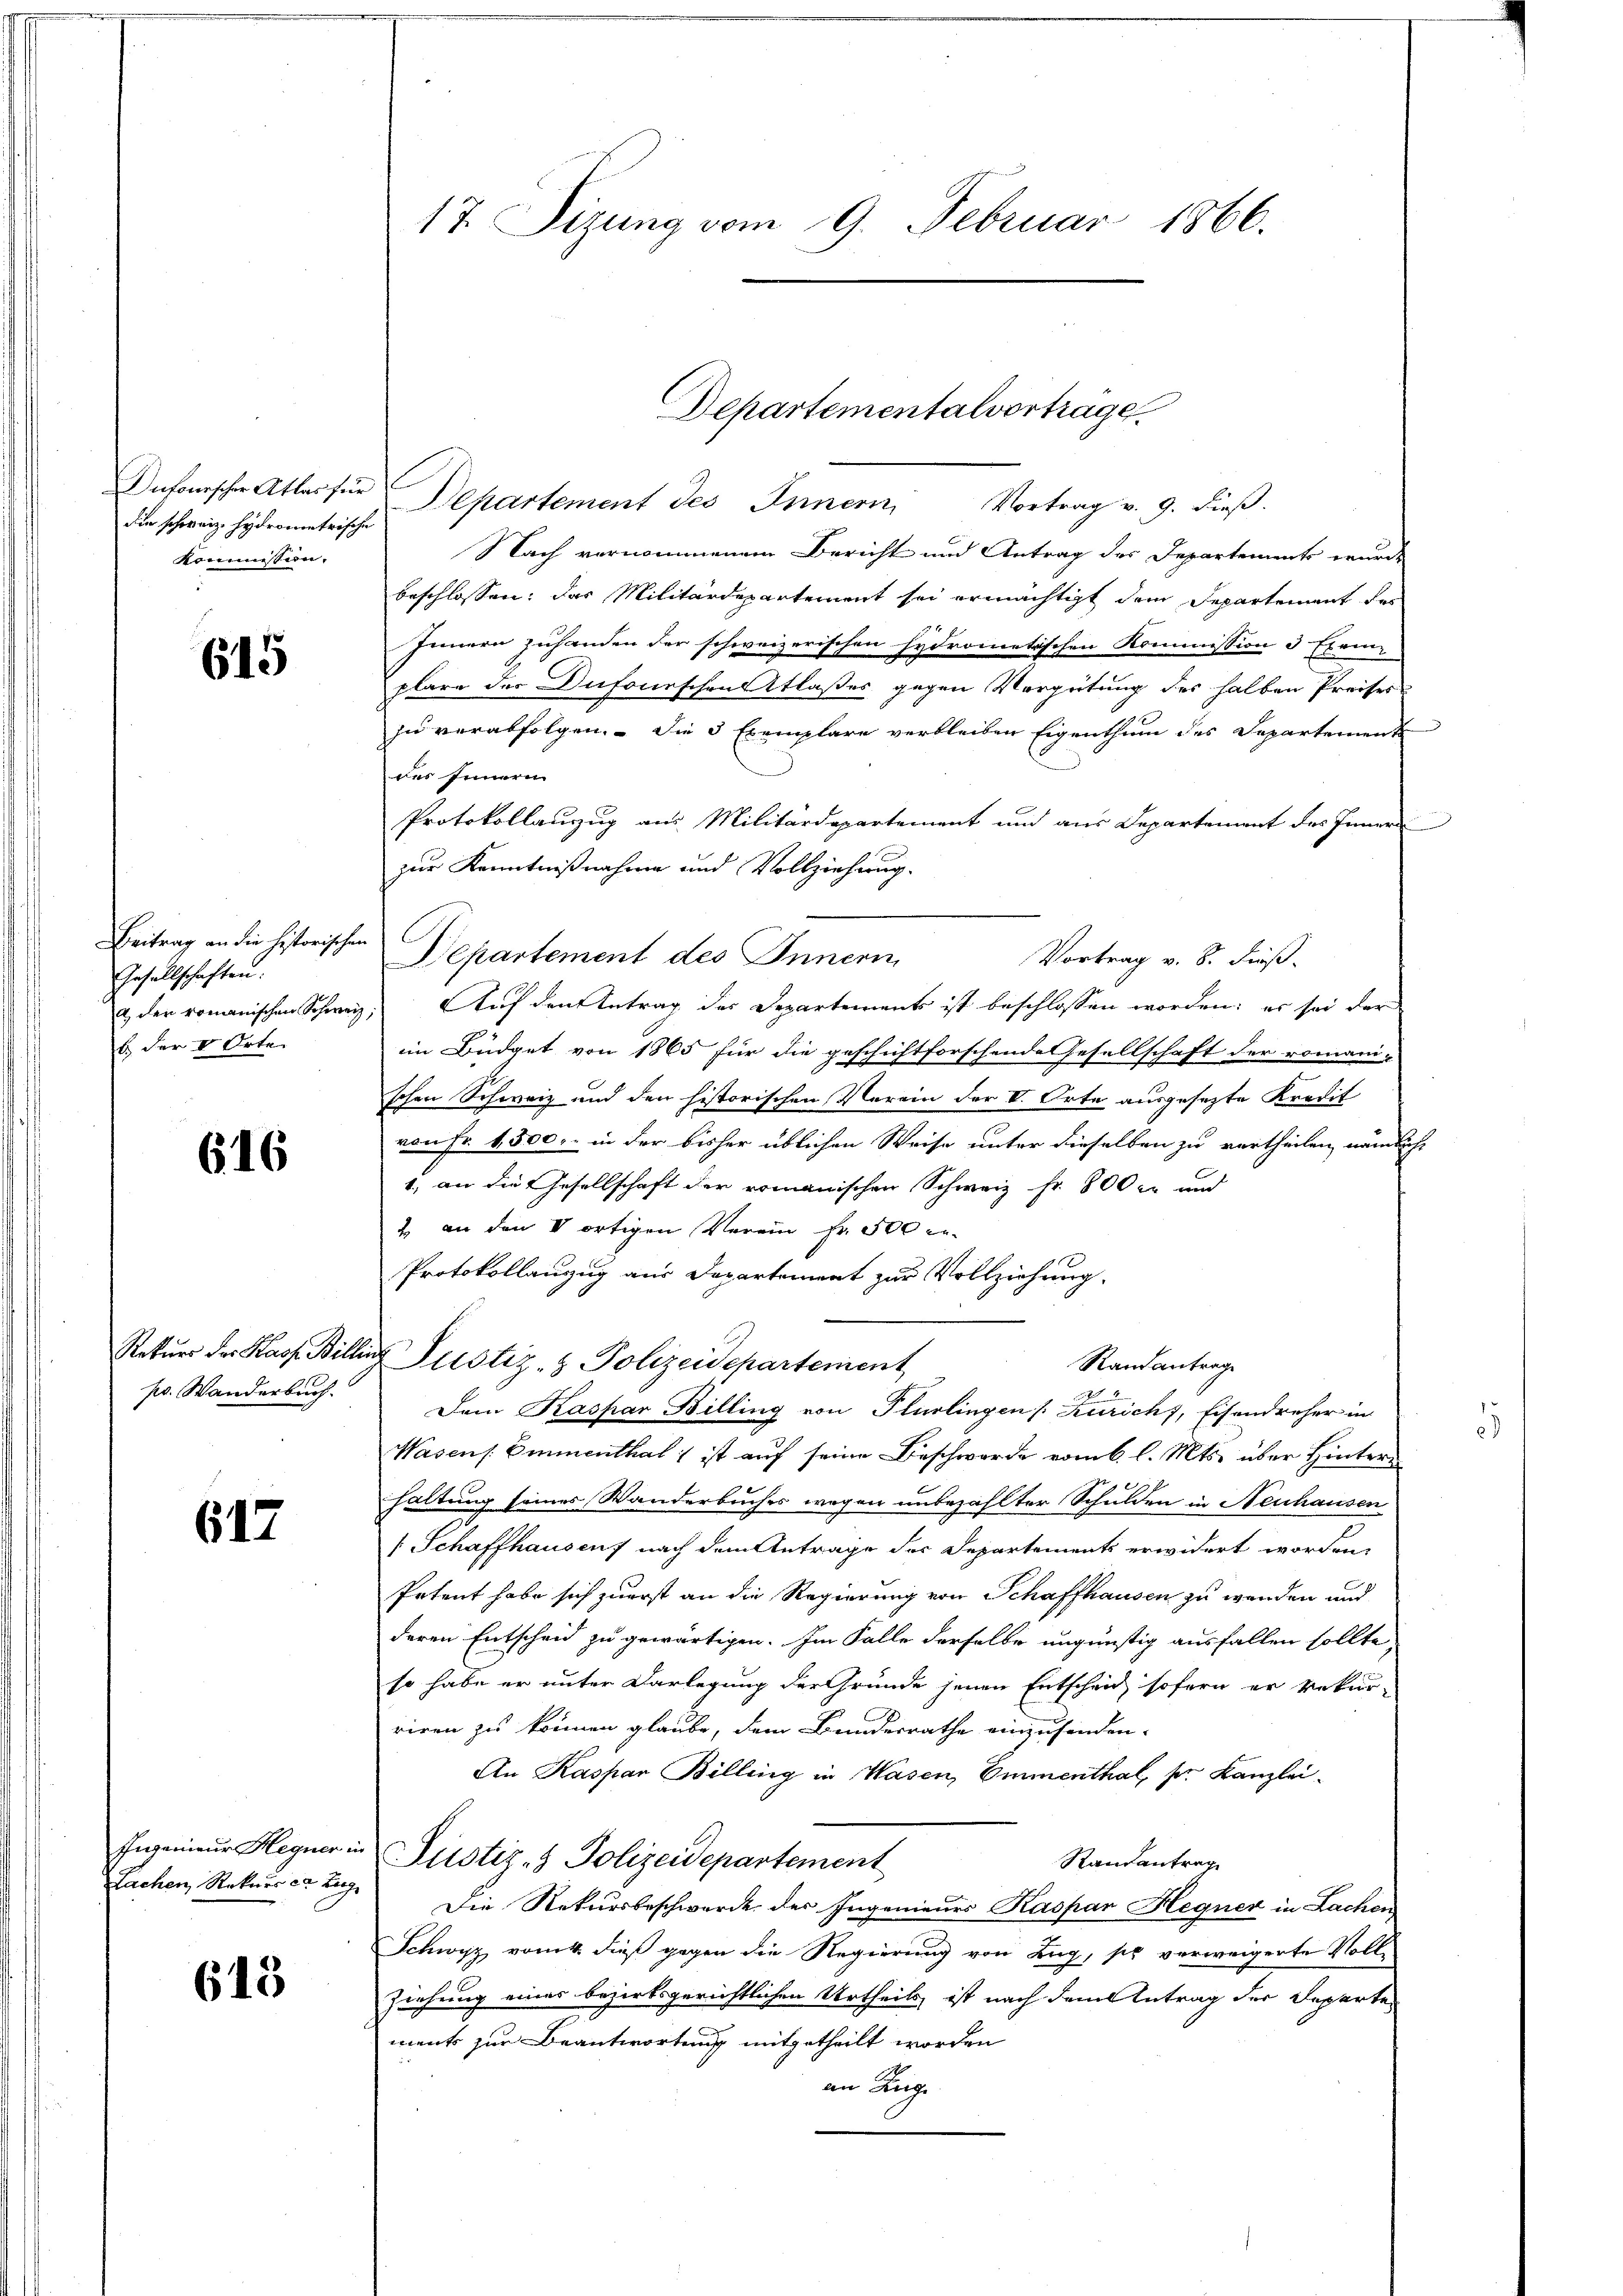
Dufourscher Atlas für
die schweiz. Hydrometrische
Kommission.

615

Beitrag an die historischen
Gesellschaften:
a der romanischen Schweiz,
b der V. Orte.

616

pr. Wanderbuch.

617

Ingenieur Hegner in
Lachen Rekurs ca. Zug

613

17. Sizung vom 9. Februar 1866.

Departementalvertrage.

Departement des Innern, Vortrag v. 9. dieβ.
Nach vernommenem Bericht und Antrag des Departements wurde
beschlossen: das Militärdepartement sei ermächtigt dem Departement des
Innern zuhanden der schweizerischen Hydrometischen Kommission 3 Exem
plare der Dufonischentlaßes gegen Vergütung des halben Preises
zu verabfolgen. - Die 3 Exemplare verbleiben Eigenthum des Departement
des Innern
Protokollanzug aus Militärdepartement und aus Departement des Innern
zur Kenntnißnahme und Vollziehung.
Departement des Innern
Vortrag v. 8. dieß.
 Auf den Antrag des Departements ist beschlossen worden; es sei der
im Büdget von 1865 für die geschichtforschende Gesellschaft der romani-
schen Schweiz und den historischen Verein der V. Orte ausgesetzte Kredit
von Fr. 4500. in der bisher üblichen Weise unter dieselben zu vertheilen, nämlich-
1., an die Gesellschaft der romanischen Schweiz Fr. 800 l. und
2. an den V ortigen Verein Fr. 500 er-
Protokollanzug aus Departement zur Vollziehung.
Rekŭrs der Kass Billing Justiz- & Polizeidepartement
Randantrage
2
Dem Kaspar Billing von Plurlingen [Zürich, Eisendreher in
Wasens. Emmenthal ist auf seine Beschwerde vom 6. l. Mts. über Hinterhaltung seines Wanderbruches wegen unbezahlter Schulden in Neuhausen
[Schaffhausenf nach dem Antrage der Departements erwidert worden.
Petent habe sich zuerst an die Regierung von Schaffhausen zu werden und
deren Entscheid zu gewärtigen. Im Falle derselbe ungünstig ausfallen sollte,
so habe er unter Darlegung der Gründe jenen Entscheid sofern er rekur-
riren zu können glaube, dem Bundesrathe einzusenden.
An Kaspar Billing in Wasen, Emmenthal, s. Kanzlei¬
Justiz- & Polizeidepartement
Randantrag
Die Rekursbeschwerde der Ingenieurs Kaspar Hegner in Lachen
Schwyz, von dieß gegen die Regierung von Zug, sie verweigerte Voll¬
Ziehung eines bezirksgerichtlichen Urtheils, ist nach dem Antrag der Departen
ment zur Beantwortung mitgetheilt worden
an Zuge